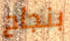
بنجاح